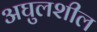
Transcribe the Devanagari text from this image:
अघुलशील